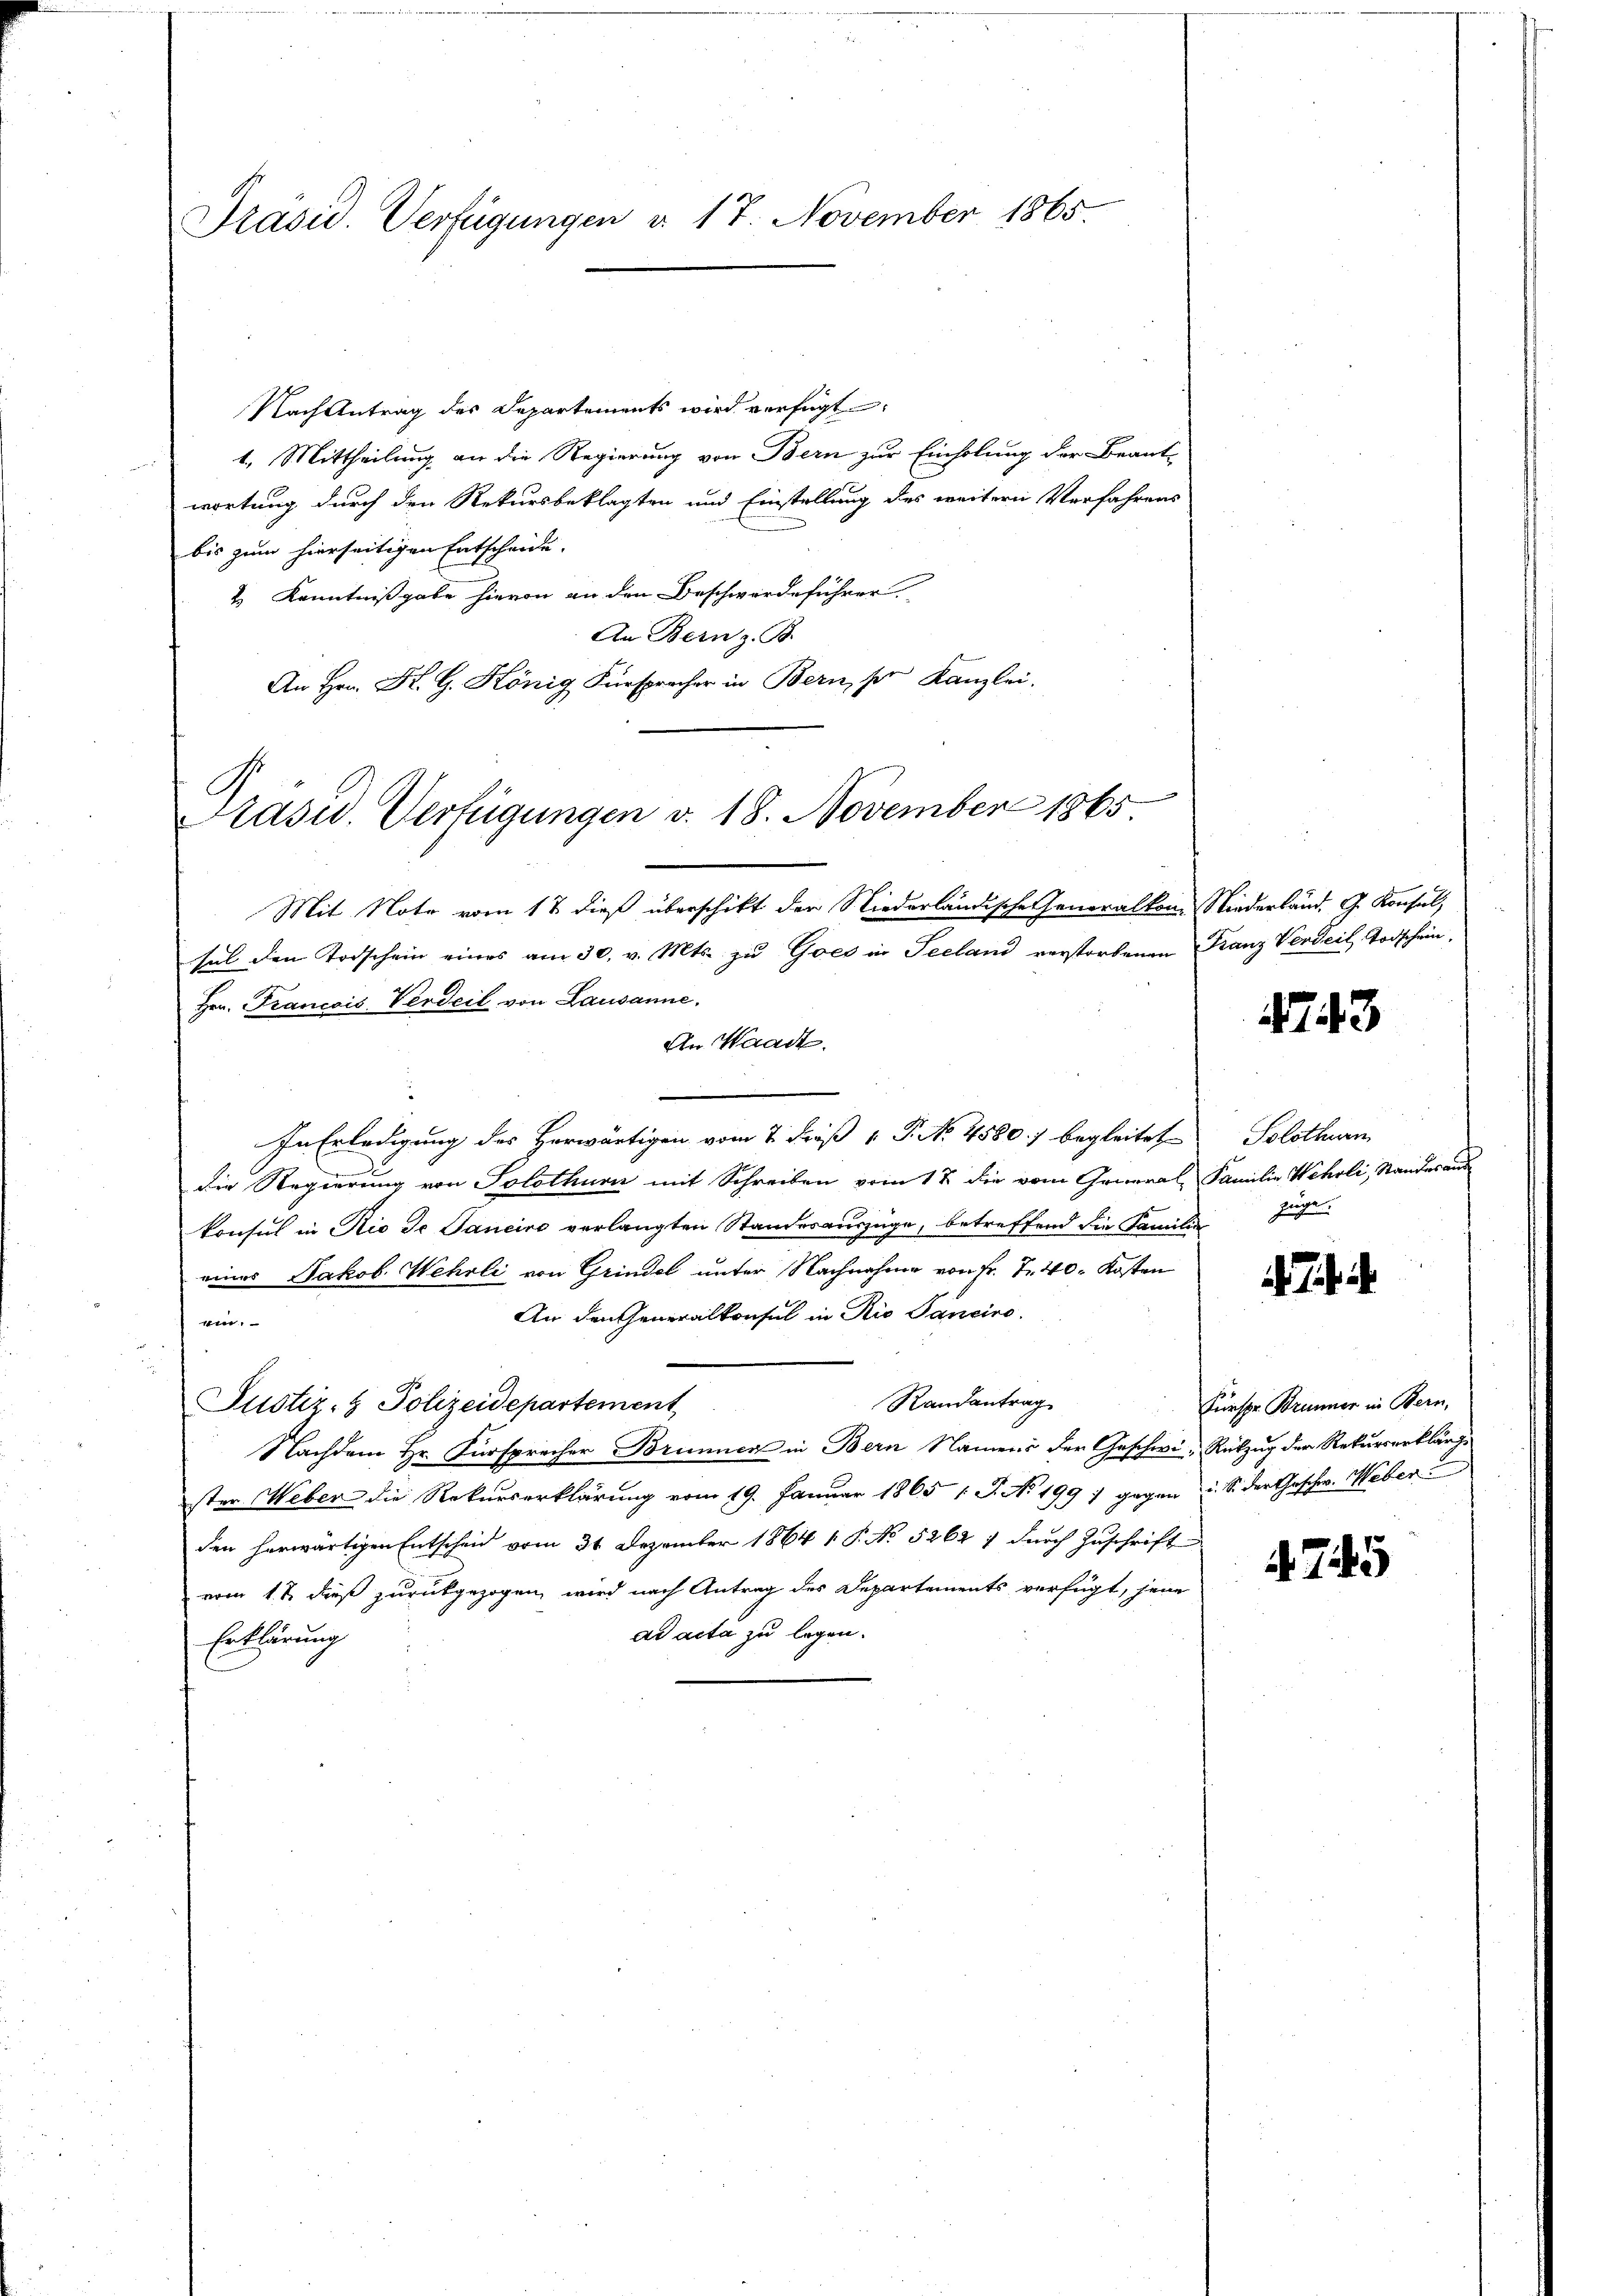
Präsid. Verfügungen d. 17. November 1865.

Nach Antrag des Departements wird verfügt:
1. Mittheilung an die Regierung von Bern zur Einholung der Beant-
wortung durch den Rekursbeklagten und Einstellung des weitern Verfahrens
bis zum hierseitigen Entscheide. |
4. Kenntnißgabe hievon an den Beschwerdeführer
An Bern z. B.
An Hrn. Dr. G. König Fürspracher in Bern, ser Kanzlei.

Präsid. Verfügungen v. 18. November 1865

Mit Note vom 18 dieß überschikt der Niederländische Generalkon-Niederländ. G. Konsul,
sel den Todschein eines am 30. v. Mts. zu Goes in Seeland verstorbenen Franz Vorteil, Todschein,
Hrn. Francois, Verdeil von Lausanne.
An Waadt.
In Erledigung des Herwärtigen vom 7. Fräß v. P. No 4580.) begleitet
die Regierung von Solothurn mit Schreiben vom 17. die vom General, Familie Wehrli, Standes auskonsul in Rio de Janeiro verlangten Standesauszüge, betreffend die Familie zuge
eines Jakob Wehrli von Grindel unter Nachnahme von Fr. T. 40. Kosten
An den Generalkonsul in Rio Sanciro.
ein.
Randantrag
Justiz- & Polizeidepartement
Nachdem Hr. Fürsprecher Brunnen in Bern Namens der Geschwi-Rükzug der Rekurserklärge
ster Weber die Rekurserklärung vom 19. Januar 1865 1 S. No 199 : gegen u. S. der Geschw. Weber
den herwärtigen Entscheid vom 31. Dezember 1864 1. P. No 5262 7 durch Zuschrift
vom 1 t dieß zurückgezogen, wird nach Antrag des Departements verfügt, jene
ad acta zu legen.
Erklärung

443

Solothurn

Fürste Brunner in Bern,

4745